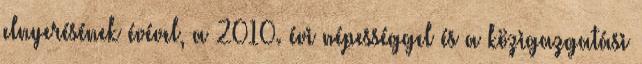
elnyerésének évével, a 2010. évi népességgel és a közigazgatási